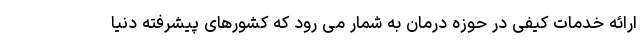
ارائه خدمات کیفی در حوزه درمان به شمار می رود که کشورهای پیشرفته دنیا